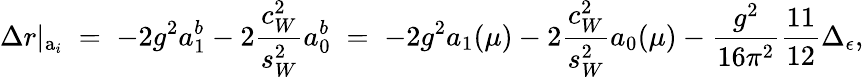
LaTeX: \Delta r|_{\mathrm{a}_{i}}\; =\; -2g^{2}a_{1}^{b}-2\frac{c_{W}^{2}}{s_{W}^{2}}a_{0}^{b}\; =\; -2g^{2}a_{1}(\mu)-2\frac{c_{W}^{2}}{s_{W}^{2}}a_{0}(\mu)-\frac{g^{2}}{16\pi^{2}}\frac{11}{12}\Delta_{\epsilon},